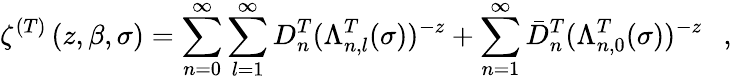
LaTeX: \zeta^{(T)}\left(z,\beta,\sigma\right)=\sum_{n=0}^{\infty}\sum_{l=1}^{\infty}D_{n}^{T}(\Lambda_{n,l}^{T}(\sigma))^{-z}+\sum_{n=1}^{\infty}\bar{D}_{n}^{T}(\Lambda_{n,0}^{T}(\sigma))^{-z}~~~,